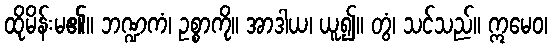
ထိုမိန်းမ၏။ ဘဏ္ဍကံ၊ ဥစ္စာကို။ အာဒါယ၊ ယူ၍။ တွံ၊ သင်သည်။ ဣမေဝ၊